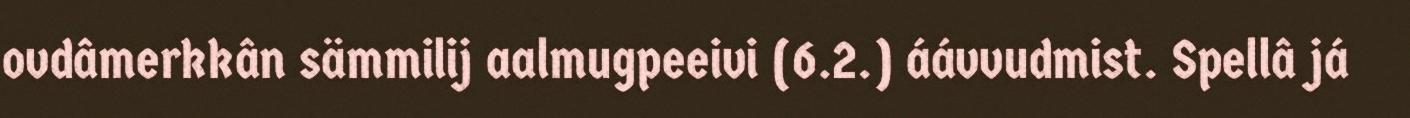
ovdâmerkkân sämmilij aalmugpeeivi (6.2.) áávvudmist. Spellâ já